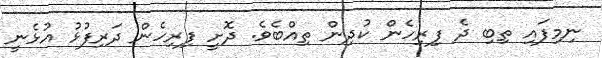
ނިމިފައި ތިބި ދެ ފިރިހެން ކުދިން ތިއްބެވެ. ދޮށީ ފިރިހެން ދަރިފުޅު އުޅެނީ